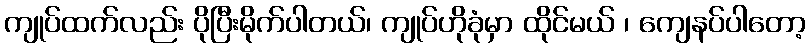
ကျုပ်ထက်လည်း ပိုပြီးမိုက်ပါတယ်၊ ကျုပ်ဟိုခုံမှာ ထိုင်မယ် ၊ ကျေနပ်ပါတော့